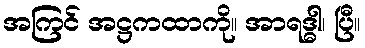
အကြင် အဋ္ဌကထာကို။ အာရဒ္ဓါ၊ ပြီ။